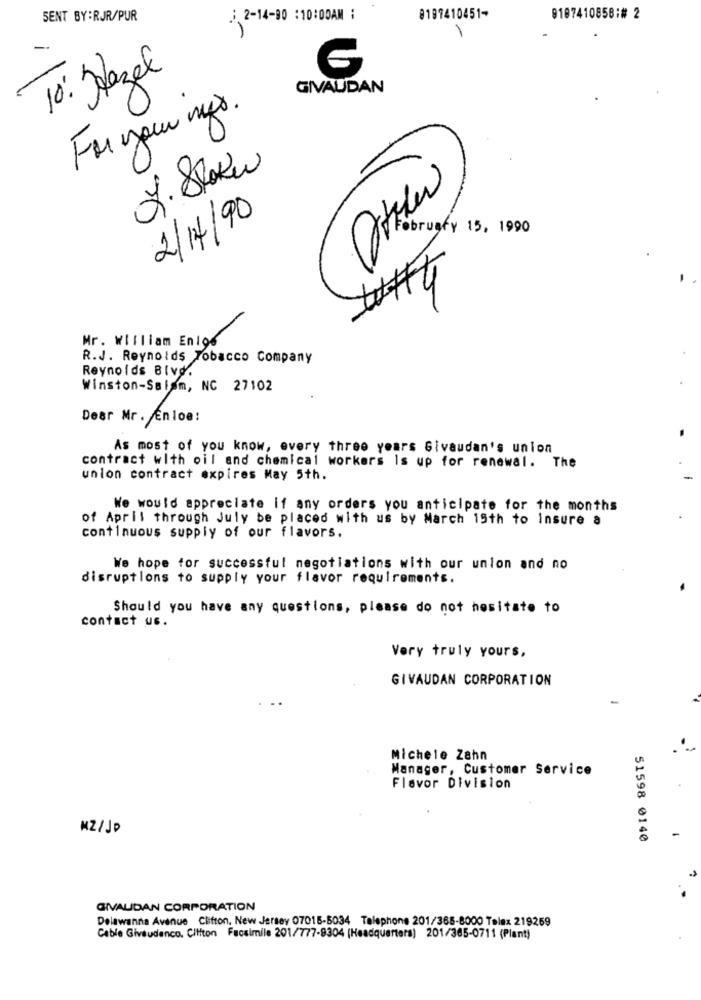
SENT BY:RJR/PUR
¿ 2-14-00 :10:00AM :
8197410451-
9187410858:# 2
1
To: Hazel
GIVAUDAN
For your mys.
J. Skoku
2/14/90
February 15, 1990
Mr. William En196
R.J. Reynolds Tobacco Company
Reynolds Blvd.
Winston-Salem, NC 27102
Dear Mr. Enloe:
As most of you know, every three years Givaudan's union
contract with oil and chemical workers Is up for renewal. The
union contract expires May 5th.
We would appreciate if any orders you anticipate for the months
of April through July be placed with us by March 15th to insure a
continuous supply of our flavors.
We hope for successful negotiations with our union and no
disruptions to supply your flavor requirements.
Should you have any questions, please do not hesitate to
contact us.
Very truly yours,
GIVAUDAN CORPORATION
Michele Zahn
Manager, Customer Service
Flavor Division
MZ/JP
51598 0140
GIVALIDAN CORPORATION
Delawanna Avenue Clifton. New Jersey 07015-5034 Telephone 201/365-8000 Telex 219259
Cable Giveudenco. Clifton Facsimile 201/777-8304 (Headquarters) 201/365-0711 (Plant)